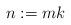
LaTeX: \begin{align*} n := mk \end{align*}